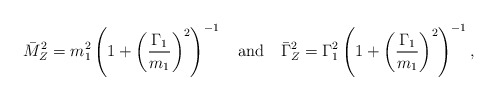
\begin{align*}\bar M_Z^2=m_1^2 \left( 1+\left(\frac{\Gamma_1}{m_1}\right)^2\right)^{-1} \quad {\rm and} \quad \bar\Gamma_Z^2=\Gamma_1^2 \left(1+\left(\frac{\Gamma_1}{m_1}\right)^2\right)^{-1}, \end{align*}